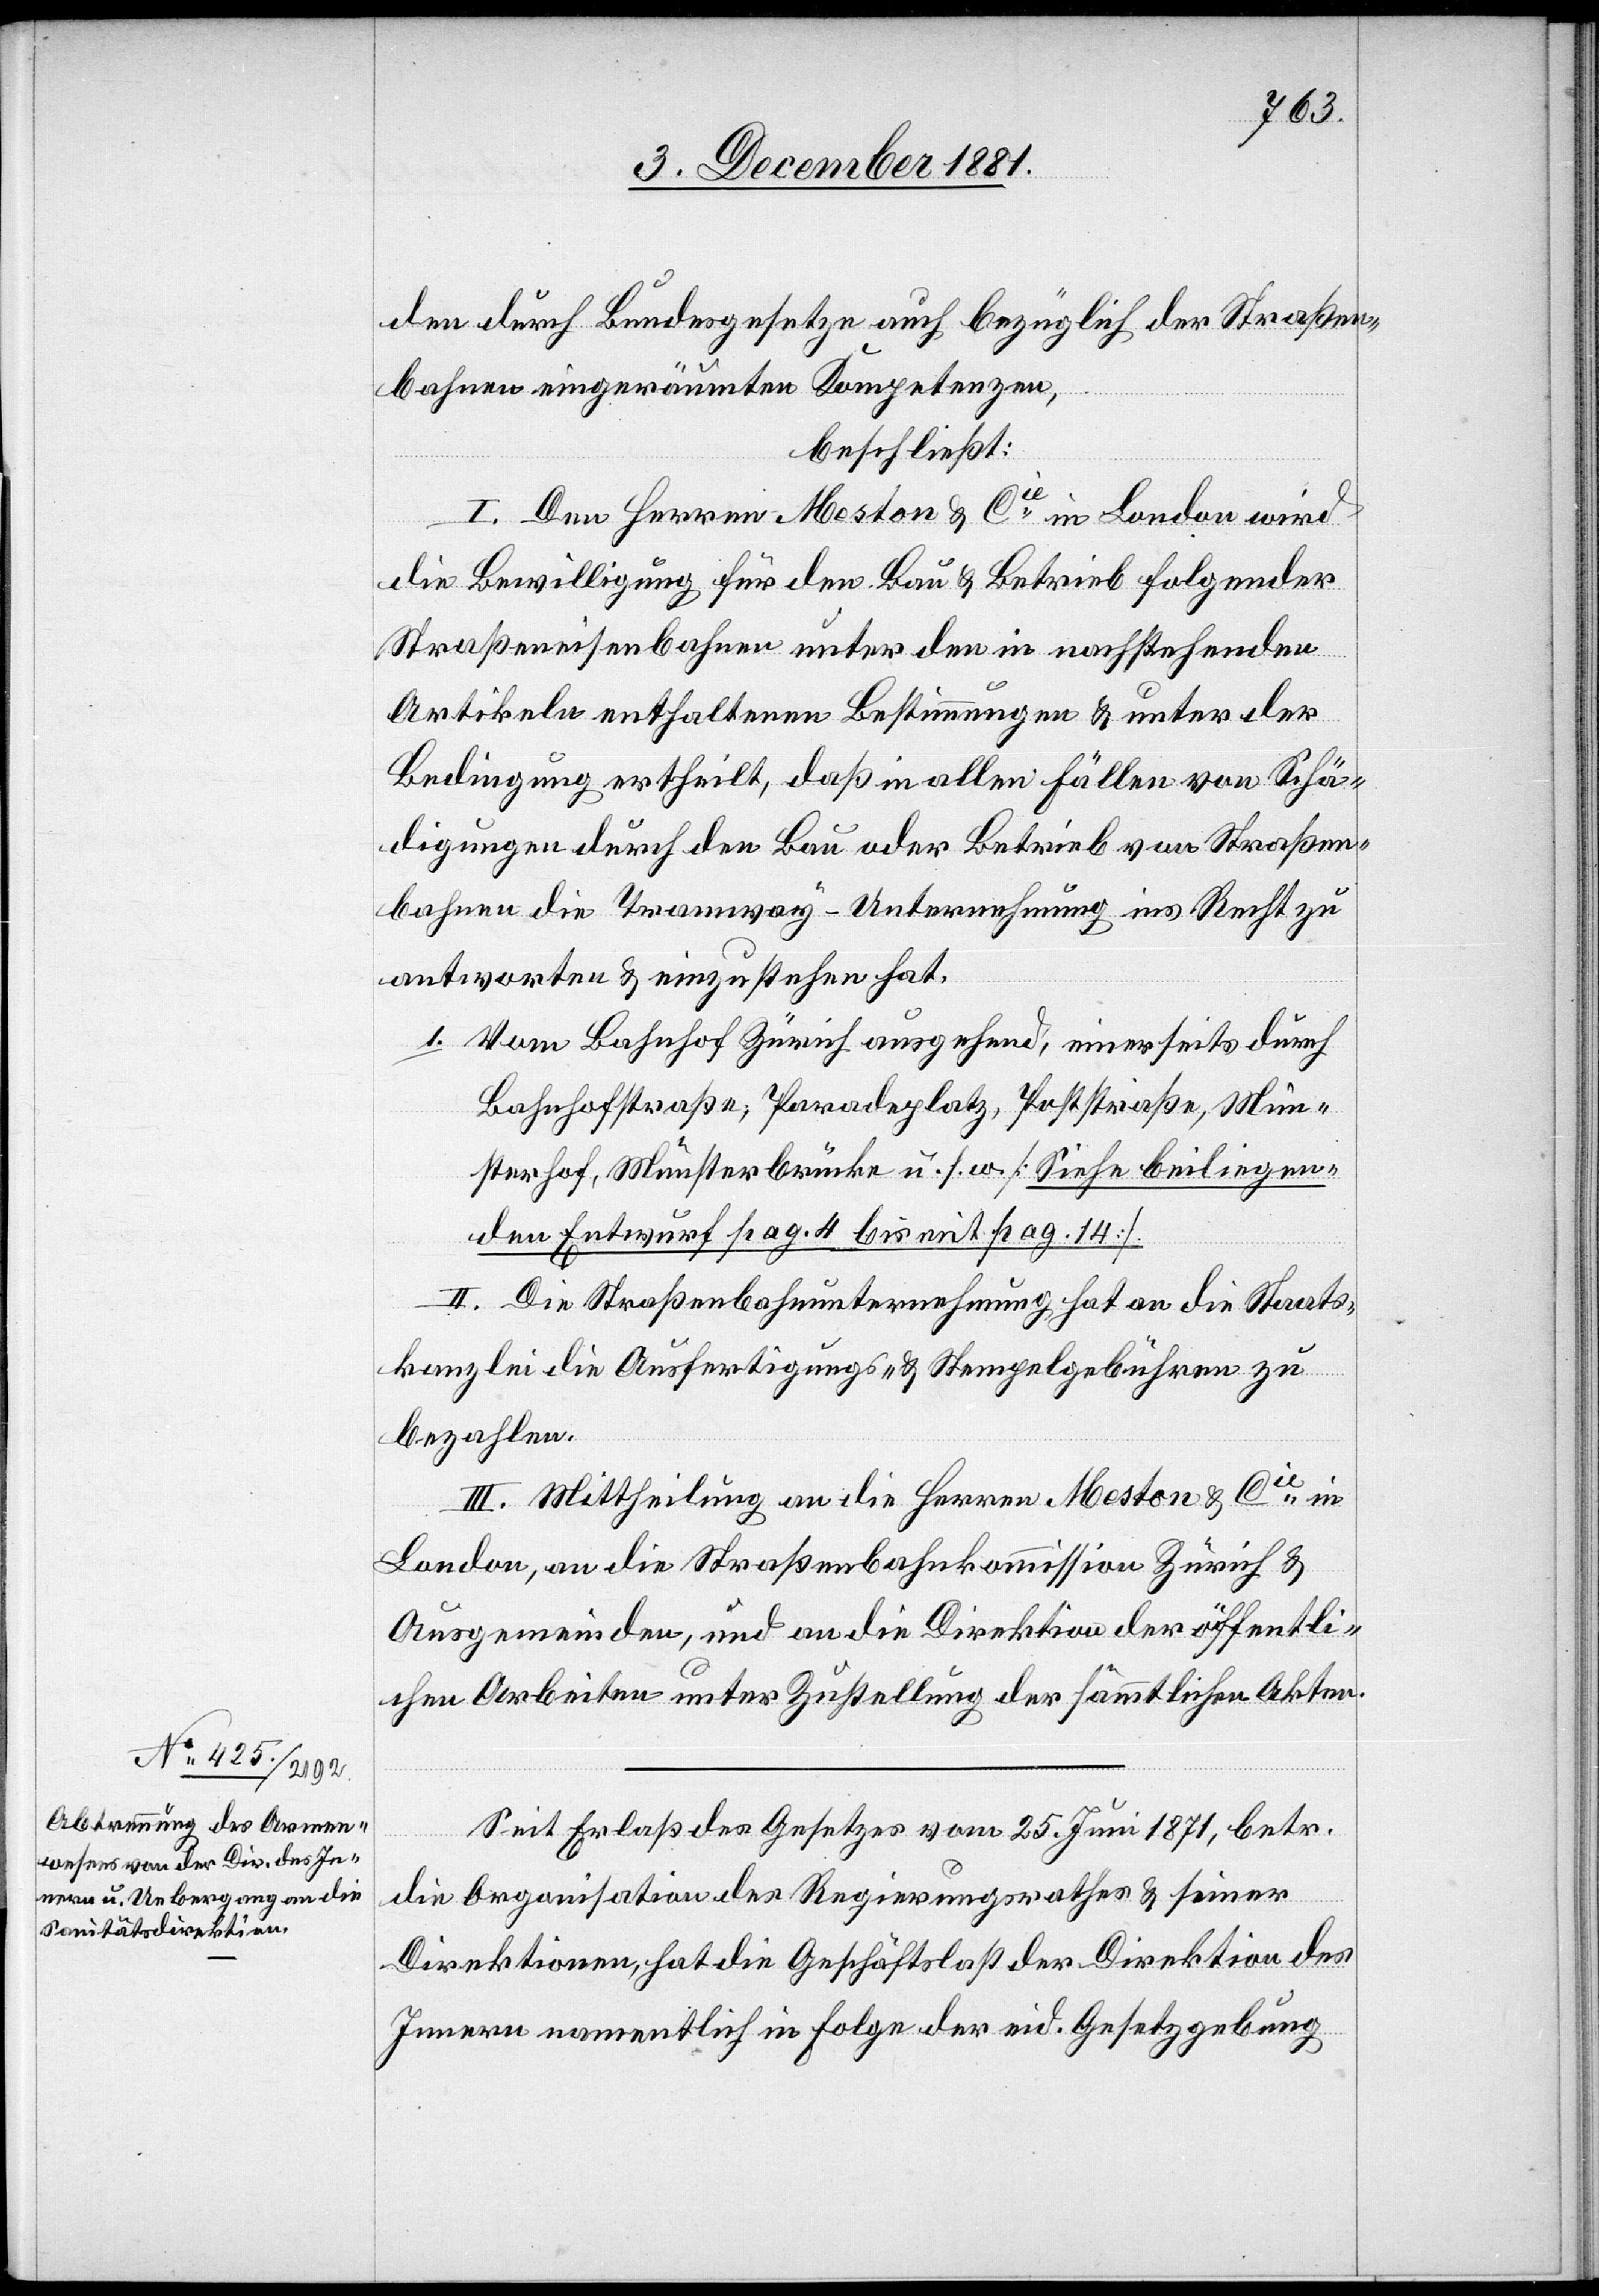
den durch Bundesgesetze auch bezüglich der Straßen¬
bahnen eingeräumten Kompetenzen,
beschließt:
I. Den Herren Meston & Cie in London wird
die Bewilligung für den Bau & Betrieb folgender
Straßeneisenbahnen unter den in nachstehenden
Artikeln enthaltenen Bestimmungen & unter der
Bedingung ertheilt, daß in allen Fällen von Schä¬
digungen durch den Bau oder Betrieb von Straßen¬
bahnen die Tramway-Unternehmung ins Recht zu
antworten & einzustehen hat.
1. Vom Bahnhof Zürich ausgehend, einerseits durch
Bahnhofstraße; Paradeplatz, Poststraße, Mün¬
sterhof, Münsterbrücke u. s. w. [Siehe beiliegen¬
den Entwurf pag. 4 bis mit pag. 14].
II. Die Straßenbahnunternehmung hat an die Staats¬
kanzlei die Ausfertigungs- & Stempelgebühren zu
bezahlen.
III. Mittheilung an die Herren Meston & Cie in
London, an die Straßenbahnkommission Zürich &
Ausgemeinden, und an die Direktion der öffentli¬
chen Arbeiten unter Zustellung der sämmtlichen Akten.
Seit Erlaß des Gesetzes vom 25. Juni 1871, betr.
die Organisation des Regierungsrathes & seiner
Direktionen, hat die Geschäftslast der Direktion des
Innern namentlich in Folge der eid. Gesetzgebung